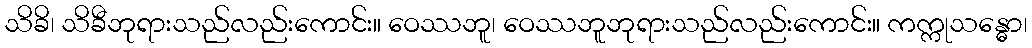
သိခိ၊ သိခီဘုရားသည်လည်းကောင်း။ ဝေဿဘူ၊ ဝေဿဘူဘုရားသည်လည်းကောင်း။ ကက္ကုသန္ဓော၊